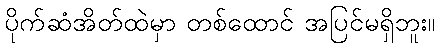
ပိုက်ဆံအိတ်ထဲမှာ တစ်ထောင် အပြင်မရှိဘူး။